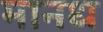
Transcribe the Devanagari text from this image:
मानध